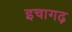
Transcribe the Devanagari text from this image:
इचागढ़